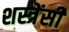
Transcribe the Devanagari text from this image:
शस्त्रेंसी